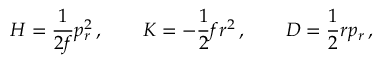
H = { \frac { 1 } { 2 f } } p _ { r } ^ { 2 } \, , \qquad K = - { \frac { 1 } { 2 } } f r ^ { 2 } \, , \qquad D = { \frac { 1 } { 2 } } r p _ { r } \, ,